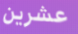
عشرين